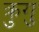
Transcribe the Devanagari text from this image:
क्रुगु